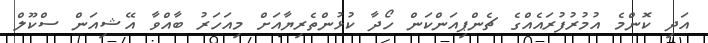
އަދި ކޮންމެ އުމުރުފުރައެއްގެ ޗެންޕިއަންކަން ހޯދާ ކުޅުންތެރިޔާއަށް މިއަހަރު ބާއްވާ އޭޝިއަން ސްކޫލް